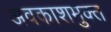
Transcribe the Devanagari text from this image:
अवकाशमुक्त